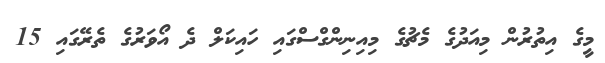
މީގެ އިތުރުން މިއަދުގެ މެޗުގެ މިއިނިންގްސްގައި ހައިކަލް ދެ އޯވަރުގެ ތެރޭގައި 15